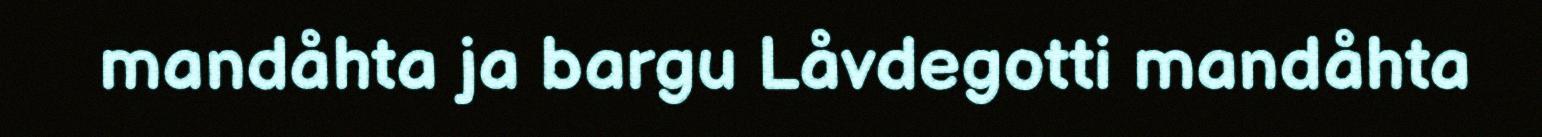
mandåhta ja bargu Låvdegotti mandåhta